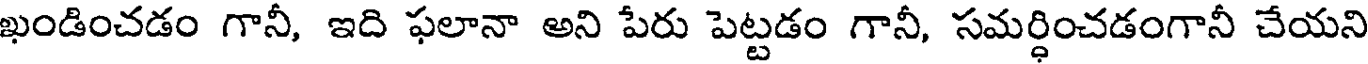
ఖండించడం గానీ, ఇది ఫలానా అని పేరు పెట్టడం గానీ, సమర్ధించడంగానీ చేయని